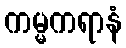
ကမ္မကရာနံ